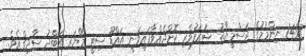
1438 ނިންމުމުގެ ރަސްމީޔާތު ޝަރަފުވެރި ކޮށްދެއްވާފައިވަނީ އައްޑޫ ސިޓީ މޭޔަރ އަބްދު ސާދިގްއެވެ.